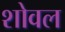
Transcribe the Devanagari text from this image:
शोवल